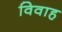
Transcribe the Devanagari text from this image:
विवाह